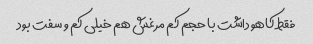
فقط کاهو داشت با حجم کم مرغش هم خیلی کم و سفت بود